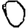
Digit: 0